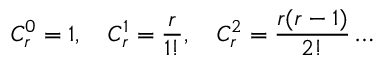
C _ { r } ^ { 0 } = 1 , \quad { } C _ { r } ^ { 1 } = \frac { r } { 1 ! } , \quad { } C _ { r } ^ { 2 } = \frac { r ( r - 1 ) } { 2 ! } \dots